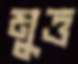
মুত্ত